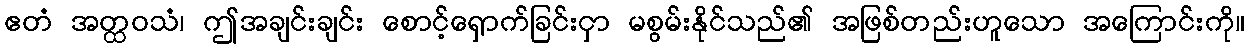
ဧတံ အတ္ထဝသံ၊ ဤအချင်းချင်း စောင့်ရှောက်ခြင်းငှာ မစွမ်းနိုင်သည်၏ အဖြစ်တည်းဟူသော အကြောင်းကို။